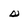
Character: s